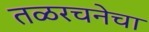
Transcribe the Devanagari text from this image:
तळरचनेचा